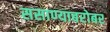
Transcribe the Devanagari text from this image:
ससाण्याबरोबर